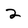
Character: 2